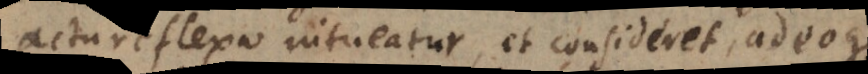
actu reflexo intueatur, et consideret, adeoque